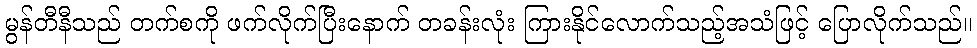
မွန်တီနီသည် တက်စကို ဖက်လိုက်ပြီးနောက် တခန်းလုံး ကြားနိုင်လောက်သည့်အသံဖြင့် ပြောလိုက်သည်။